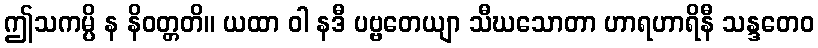
ဤသကမ္ပိ န နိဝတ္တတိ။ ယထာ ဝါ နဒီ ပဗ္ဗတေယျာ သီဃသောတာ ဟာရဟာရိနီ သန္ဒတေဝ